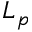
L _ { p }